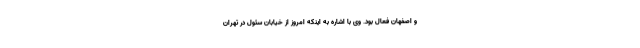
و اصفهان فعال بود. وی با اشاره به اینکه امروز از خیابان سئول در تهران